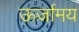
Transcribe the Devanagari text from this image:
ऊर्जामय